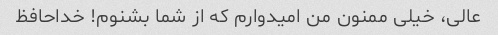
عالی، خیلی ممنون من امیدوارم که از شما بشنوم! خداحافظ